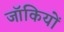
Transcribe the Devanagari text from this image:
जॉकियों